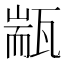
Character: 㼷